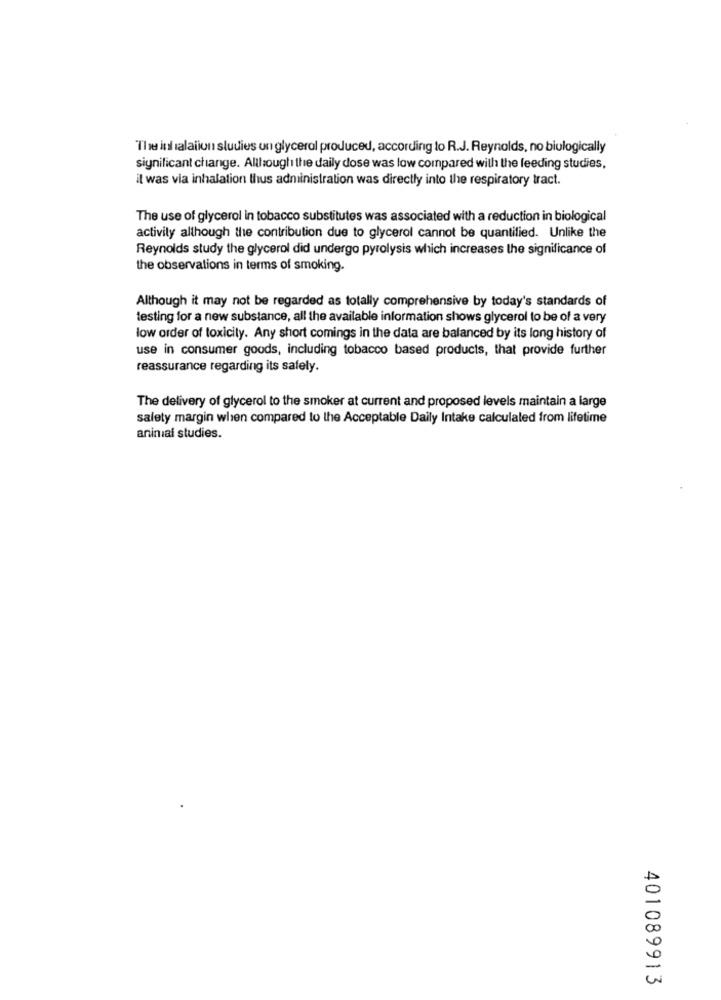
The in salaiion studies un glycerol produced, according to R.J. Reynolds, no biulogically
significant change. Although the daily dose was low compared with the feeding studies,
il was via inhalation thus administration was directly into the respiratory tract.
The use of glycerol in tobacco substitutes was associated with a reduction in biological
activity although the contribution due to glycerol cannot be quantified. Unlike the
Reynolds study the glycerol did undergo pyrolysis which increases the significance of
the observations in terms of smoking.
Although it may not be regarded as totally comprehensive by today's standards of
testing for a new substance, all the available information shows glycerol to be of a very
low order of toxicity. Any short comings in the data are balanced by its long history of
use in consumer goods, including tobacco based products, that provide further
reassurance regarding its safely.
The delivery of glycerol to the smoker at current and proposed levels maintain a large
salety margin when compared to the Acceptable Daily Intake calculated from lifetime
aninal studies.
401089913